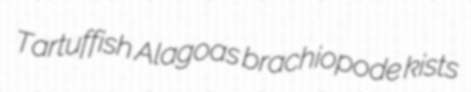
Tartuffish Alagoas brachiopode kists